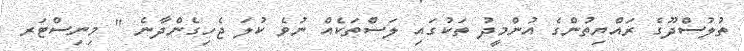
ތުލުސްދޫގެ ރައްޔިތުންގެ އުންމީދު ތަކުގައި ލަސްތަކެއް ނުވެ ކުލަ ޖެހިގެންދާނެ " މިނިސްޓަރ